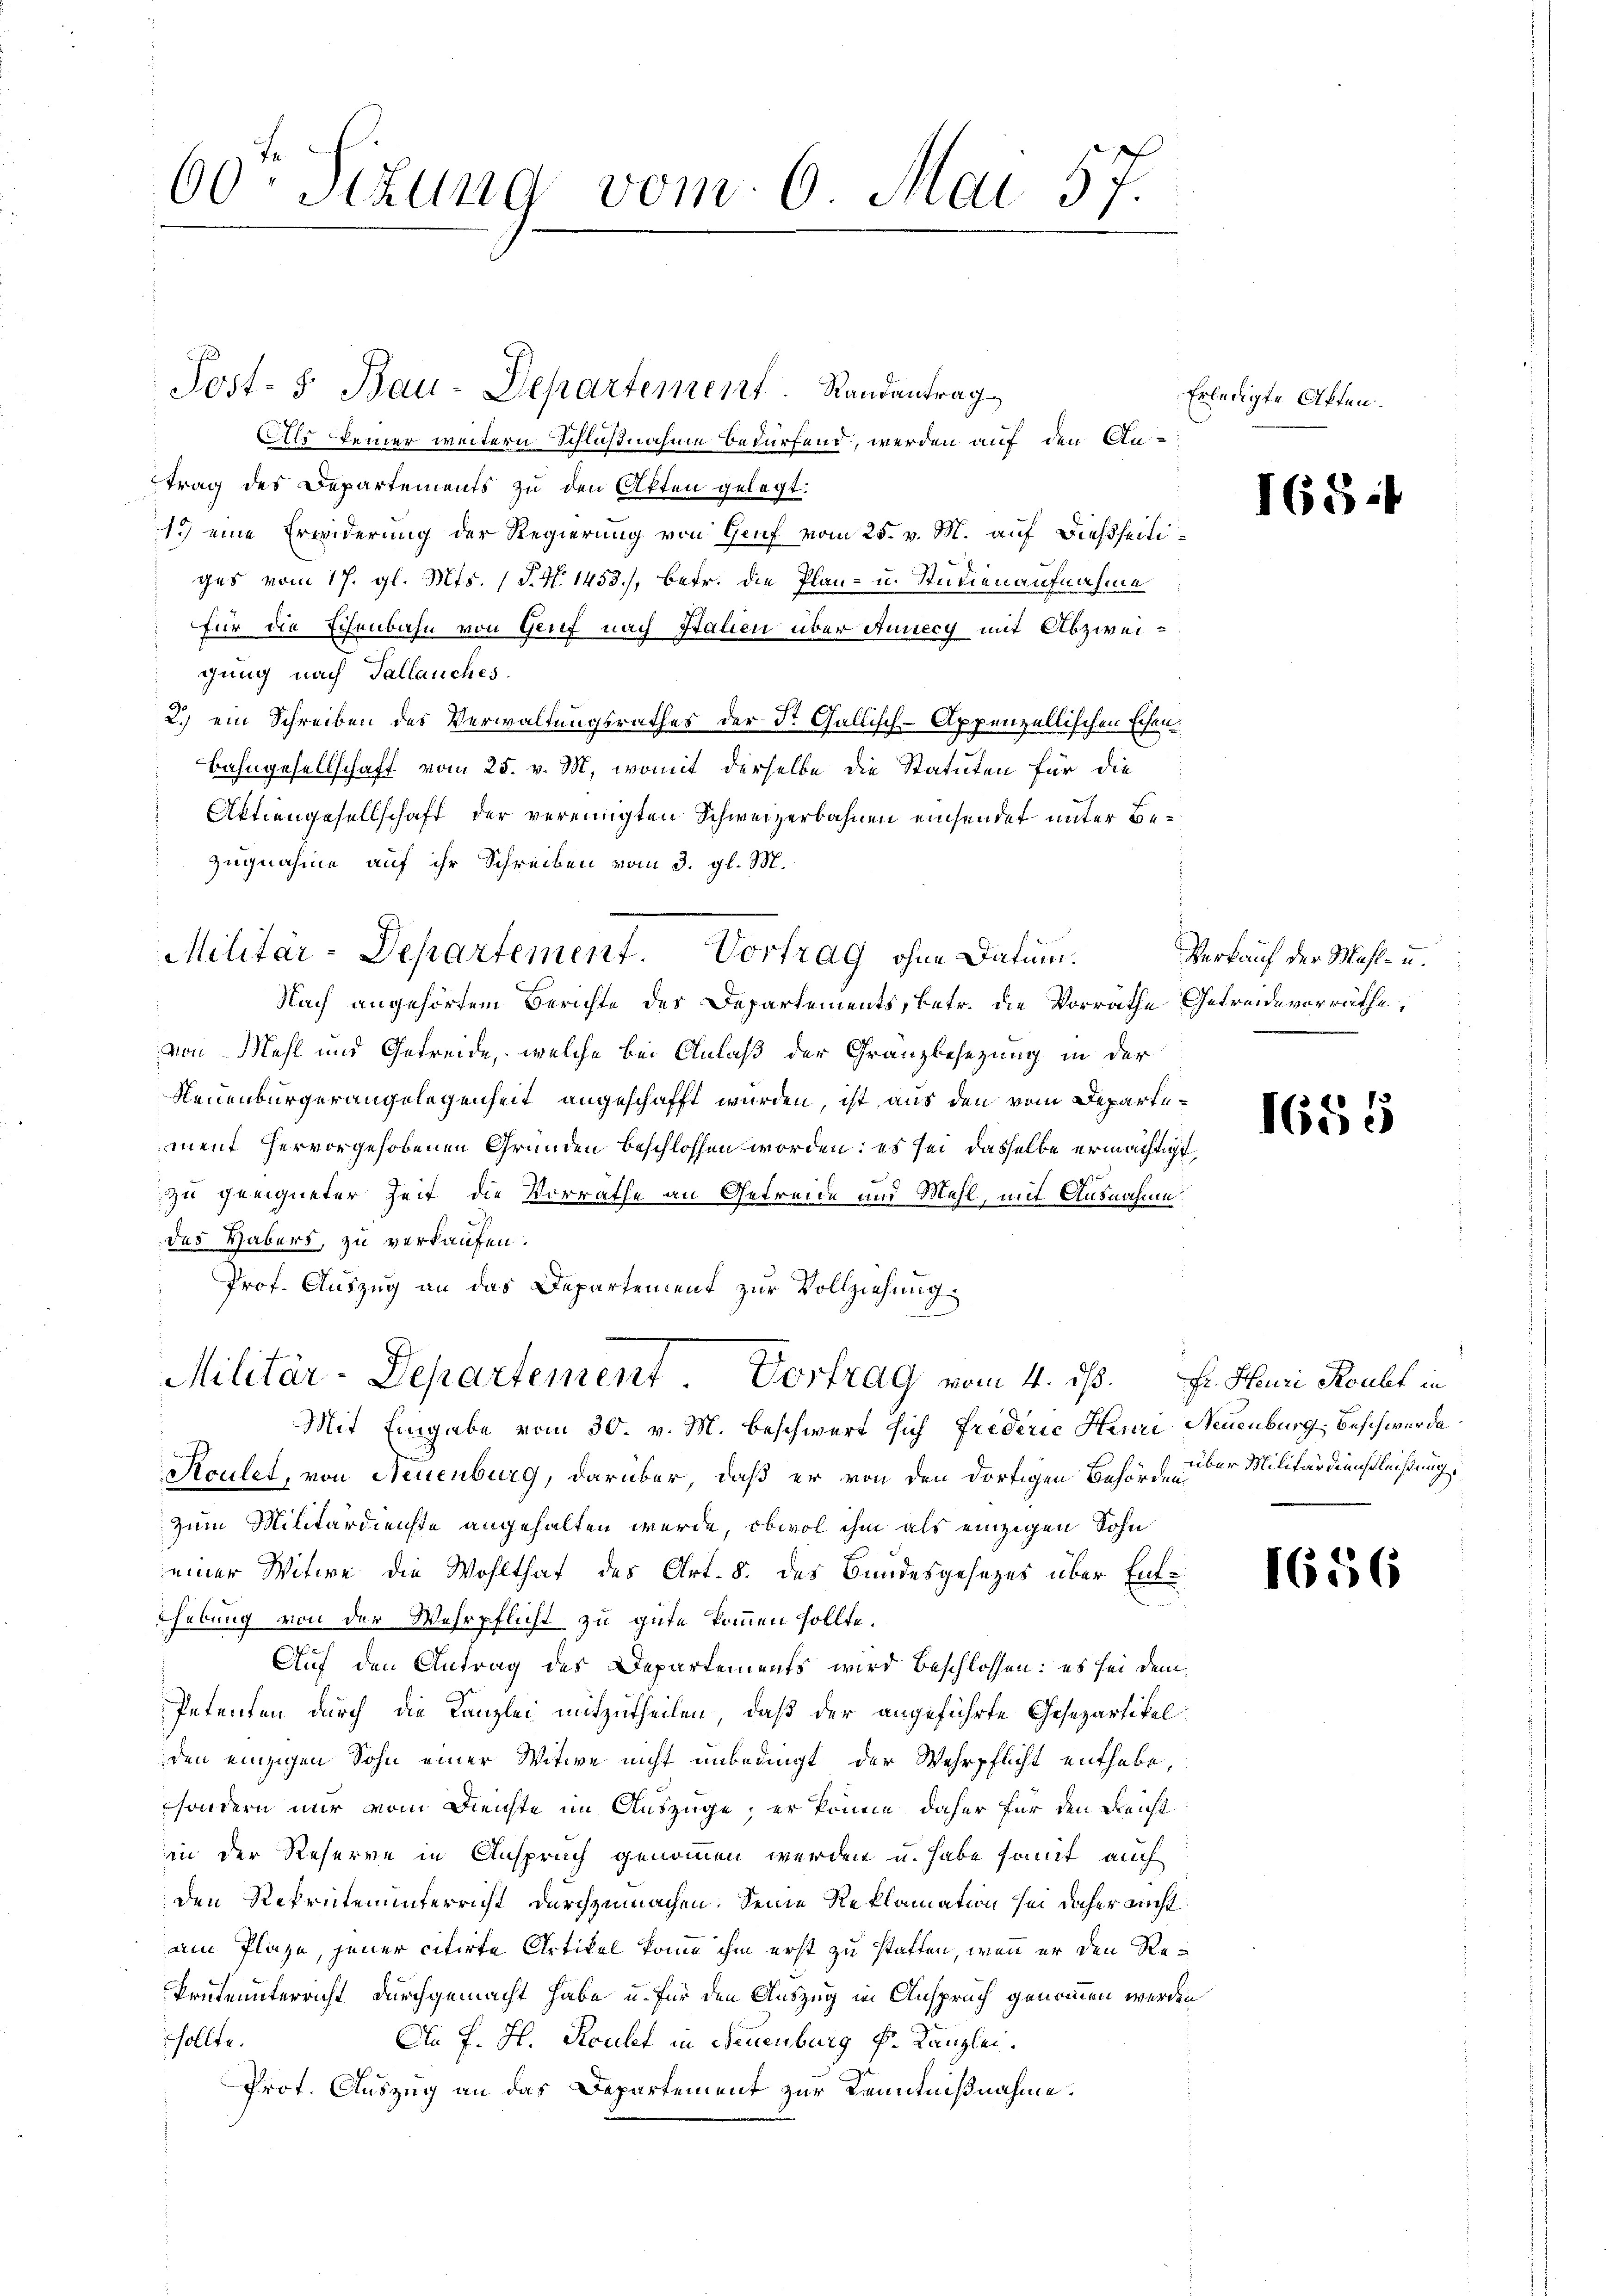
60. Sizung vom 6. Mai 57.

Als einer weitern Schlußnahme bedürfend, werden auf den An-
trag des Departements zu den Akten gelegt.
1.) eine Erwiderung der Regierung von Genf vom 25. v. M. auf dießseitiges vom 17. gl. Mts. (T. N. 1453), betr. die Plan- u. Studienaufnahme
für die Schenbahn von Grief nach Stalien über Aunecy mit Abzweigung nach Sallauches.
2.) ein Schreiben des Verwaltungsrathes der Dr. Gallisch-Appenzellischen Ehen
Bahngesellschaft vom 25. v. M., womit derselbe die Statuten für die
Aktiengesellschaft der vereinigten Schweizerbahnen einsendet unter Be¬
Zugnahme auf ihr Schreiben vom 3. gl. M.
Nach angehörtem Berichte des Departements, betr. die Vorräthe Getreide vorräthe,
von Mehl und Getreide, welche bei Anlaß der Gränzbesezung in der
Neuenburgerangelegenheit angeschafft wurden, ist aus den vom Departement hervorgehobenen Gründen beschlossen worden: es sei dasselbe ermächtigt
zu geeigneter Zeit die Vorräthe an Getreide und Mahl, mit Ausnahme
des Habers, zu verkaufen.
Prof. Auszug an das Departement zur Vollziehung
Militär-Departement. Vortrag vom 4. ds. fr. Heuri Koult in
Mit Eingabe vom 30. v. M. beschwert sich Frederie Henri Neuenburg, Beschwerde
Koulet, von Neuenburg, darüber, daß er von den dortigen Behörde über Militärdienstleistung.
zum Militärdienste angehalten werde, obwol ihm als einzigen Sohn
einer Witwe die Wohlthat des Art. 8. des Bundesgesezes über Ent-
Thebung von der Wehrpflicht zu gute kommen sollte.
Auf den Antrag des Departements wird beschlossen: es sei dem¬
Petenten durch die Kanzlei mitzutheilen, daß der angeführte Gesezartikelden einzigen Sohn einer Witwe nicht unbedingt der Wehrpflicht enthabe,
sondern nur vom Dienste im Auszüge, er könnene daher für den Fleicht
in der Reserve in Anspruch genommen werden u. habe somit auch
den Rekrutenunterricht durchzumachen. Seine Reklamation sei daher nicht
am Plaze, jener citirte Artikel komme ihm erst zu statten, wenn er den Re¬
Prüteunterricht durchgemacht habe u. für den Auszug in Anspruch genommen werden
sollte.
An F. H. Rouchet in Neuenburg k. Kanzlei.
Prot. Auszug an das Departement zur Kenntnißnahme.

Post- 5. Bau-Departement. Randantrag

Militär-Departement. Vortrag ohne Datum.

Erledigte Akten.

1654

Verkauf der Mahl- u.

1655

1656